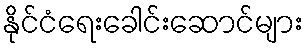
နိုင်ငံရေးခေါင်းဆောင်များ